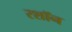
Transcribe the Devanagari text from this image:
रशॉन